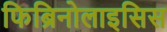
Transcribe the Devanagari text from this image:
फिब्रिनोलाइसिस